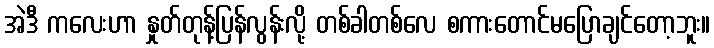
အဲဒီ ကလေးဟာ နှုတ်တုန့်ပြန်လွန်းလို့ တစ်ခါတစ်လေ စကားတောင်မပြောချင်တော့ဘူး။